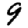
Digit: 9